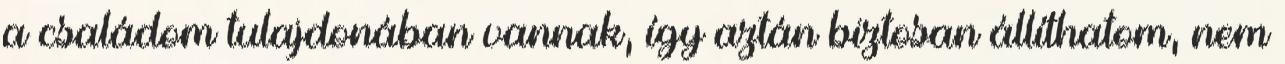
a családom tulajdonában vannak, így aztán biztosan állíthatom, nem